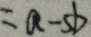
= a - 5 b